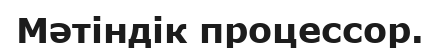
Мәтіндік процессор.